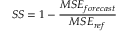
\ S S = 1 - { \frac { M S E _ { f o r e c a s t } } { M S E _ { r e f } } }